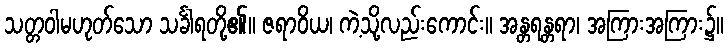
သတ္တဝါမဟုတ်သော သင်္ခါရတို့၏။ ဇရာဝိယ၊ ကဲ့သို့လည်းကောင်း။ အန္တရန္တရာ၊ အကြားအကြား၌။